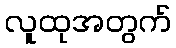
လူထုအတွက်